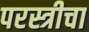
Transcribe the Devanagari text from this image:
परस्त्रीचा